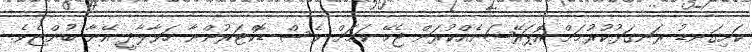
ކަށިގަނޑު ރަނގަޅުކުރުމަށް އޮޕަރޭޝަނެއްކުރަން ޖެހޭ ކަމަށް ވެސް ޑޮކްޓަރުންނާ ހަވާލާދީ އޭނާ ބުންޏެވެ.